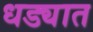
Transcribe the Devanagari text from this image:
धड्यात